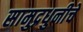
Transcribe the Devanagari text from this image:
सामुद्रधुनीचे